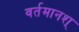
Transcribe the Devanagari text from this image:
वर्तमानश्